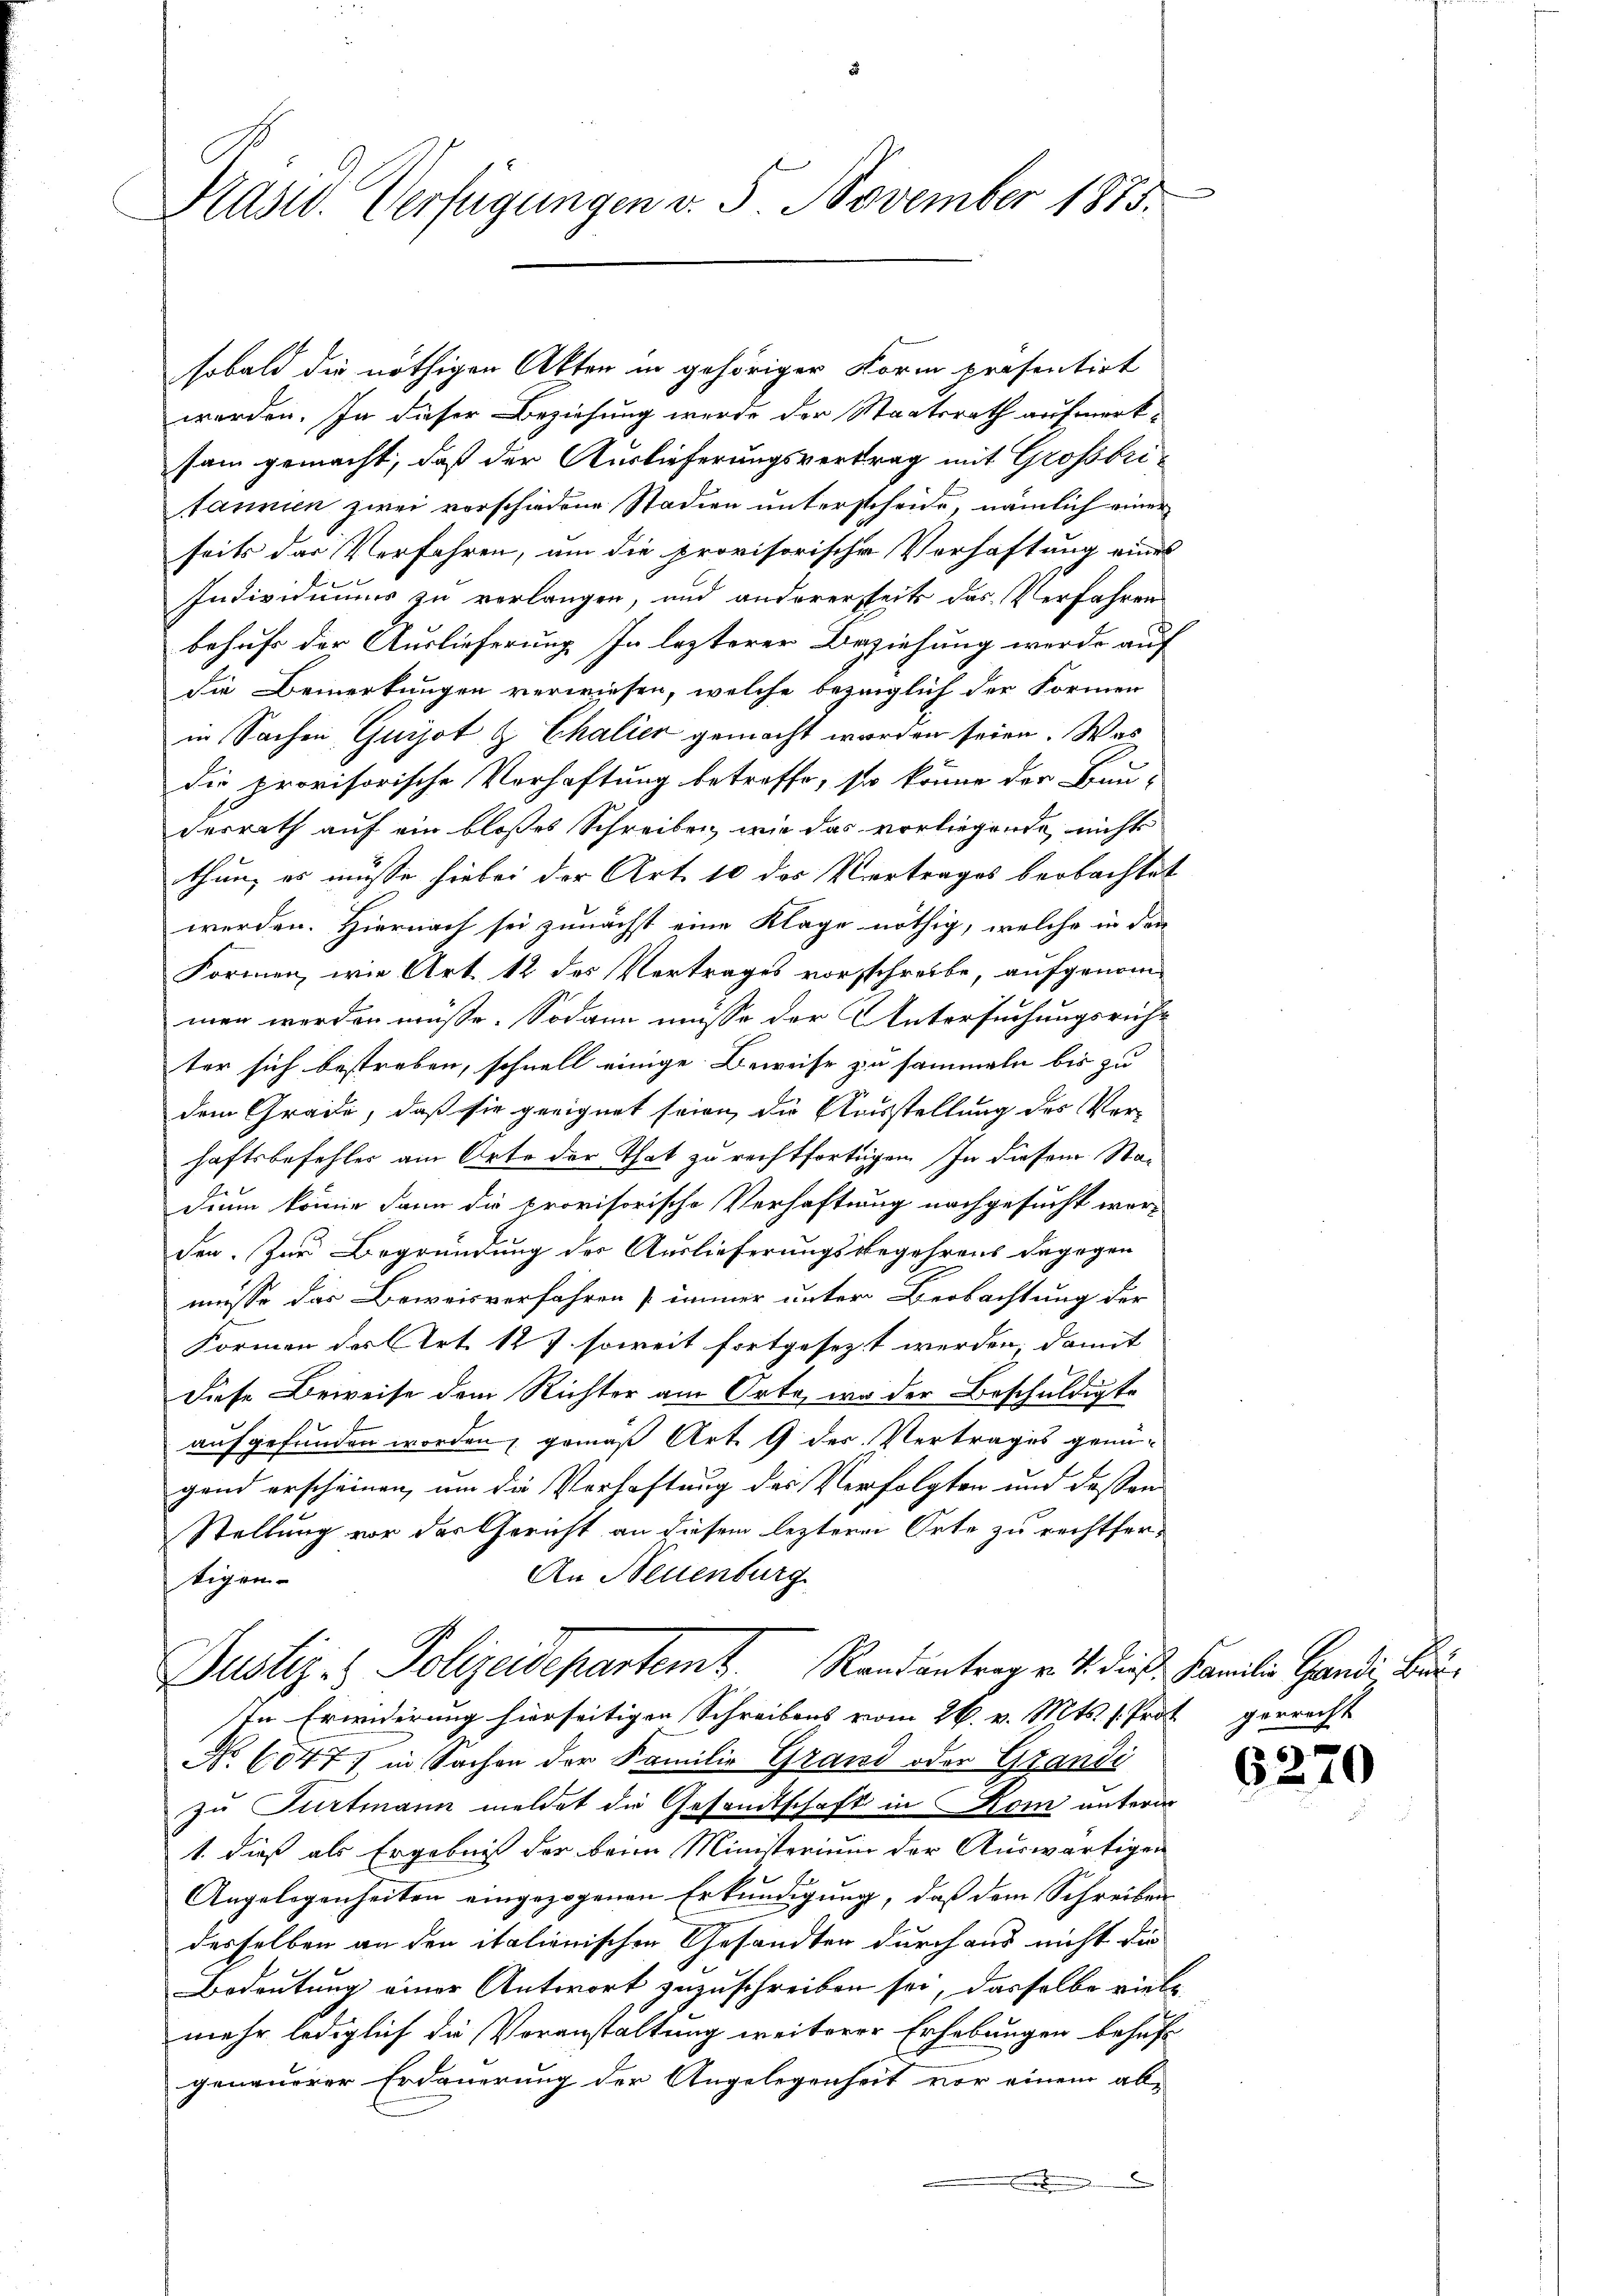
Präsid. Verfügungen v. 5. November 1873.

sobald die nöthigen Akten in gehöriger Form presentirt
werden. In dieser Beziehung werde der Staatsrath aufmerksam gemacht, daß der Auslieferungsvertrag mit Grossbritannien zwei vorschiedene Stadien unterscheide, nämlich einer
seits das Verfahren, um die provisorische Verhaftung eines
Individuums zu verlangen, und andererseits das Verfahren
behufs der Auslieferung In lezterer Beziehung werde auf
die Bemerkungen verwiesen, welche bezeiglich der Formen
in Sachen Guizot & Chalier gemacht worden seien. Was
die provisorische Verhaftung betreffe, so könne der Bau-
desrath auf ein bloßes Schreiben, wie das vorliegende nicht
thun, es müsse hiebei der Art. 10 des Vertrages beobachtet
werden. Hiernach sei zunächst eine Klage nöthig, welche in den
Formen, wie Art 12 des Vertrages vorschreibe, aufgenommen werden müsse. Sodann müsse der Untersuchungsricht
ter sich bestreben, schnell einige Beweise zu sammeln bis zu
dem Grade, daß sie geeignet seien, die Ausstellung des Verhaftsbefehler am Orte der That zu rechtfertigen. In diesem Stan
dium könne dann die provisorische Verhaftung nachgesucht wor-
den. Zur Begründung der Auslieferungsbegehrens dagegen
müsse das Beweisverfahren immer unter Beobachtung der
Formen der Art. 12 J. soweit fortgesezt werden, damit
Diese Beweise dem Richter am Orte, wo der Beschuldigte
aufgefunden worden, gemäß Art. 9 des Vertrages genügend erscheinen, um die Verhaftung des Verfolgten und dessen
Stellung vor der Gericht an diesem leztere Orte zu rechtfer¬
An Neuenburg
tigen.
Justiz- & Polizeidepartemt. Randantrag v. M. dies Familie Gandi Bruste Erwiderung hierseitigen Schreibens vom 26. v. Mts. 1. Prot gerrecht
No. 60471 in Sachen der Familie Grand oder Grandi
zu Furtmann meldet die Gesandtschaft in Kom untern
1. dieß als Ergebnis der beim Ministerium der Auswärtigen
Angelegenheiten eingezogenen Erkundigung, daß dem Schreiben
desselben an den italienischen Gesandten durch aus nicht die
Bedeutung einer Antwort zuzuschreiben sei, dasselbe viele
mehr lediglich die Voranstaltung weiterer Erhebungen behuf
genauerer Erdauerung der Angelegenheit vor einem ab-
.

6270